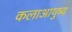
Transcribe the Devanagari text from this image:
कलाआयुष्य